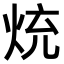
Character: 𭴤